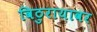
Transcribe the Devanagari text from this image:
विठुरायावर